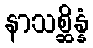
နာသစ္ဆိန္နံ